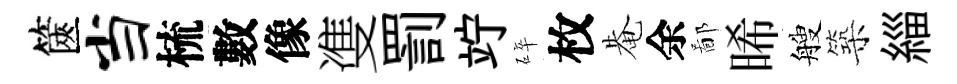
篋当梳數像㕠罰竚碎枚𤲅余鄙晞艘築緇